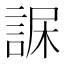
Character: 𧨇